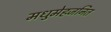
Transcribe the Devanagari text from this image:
मधुमेहजनित